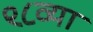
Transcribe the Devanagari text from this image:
९८व्या